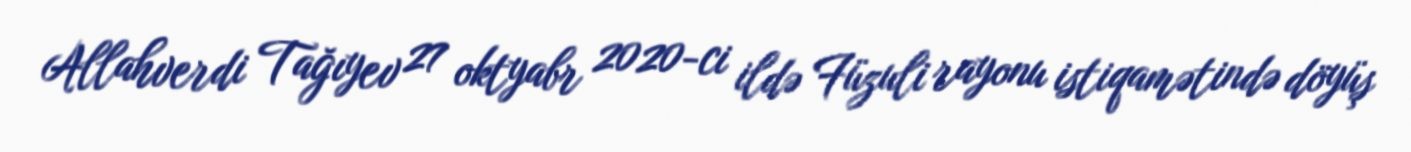
Allahverdi Tağıyev 27 oktyabr 2020-ci ildə Füzuli rayonu istiqamətində döyüş